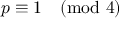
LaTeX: p \equiv 1 { \pmod { 4 } }